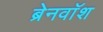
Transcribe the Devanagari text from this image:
ब्रेनवाॅश